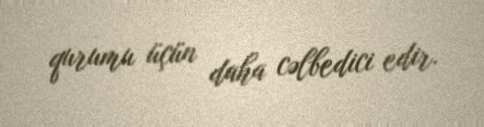
qurumu üçün daha cəlbedici edir.